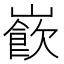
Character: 𡼽